Vaccine operations Central Provinces & Berar 1912-1920 - 1912-1920
Year: 1912
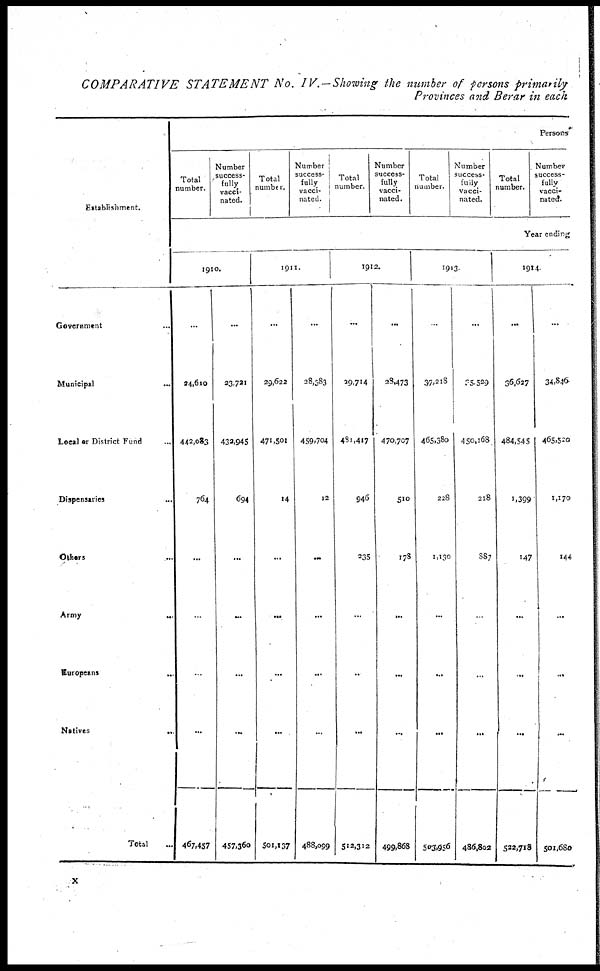
COMPARATIVE STATEMENT No. IV. —Showing the number of persons primarily
Provinces and Berar in each
Establishment.
Government...
Municipal...
Local or District Fund...
Dispensaries...
Others...
Army...
Europeans...
Natives...
Total...
Persons
Total
number.
Number
success-
fully
vacci-
nated.
Total
number.
Number
success-
fully
vacci-
nated.
Total
number.
Number
success-
fully
vacci-
nated.
Total
number.
Number
success-
fully
vacci-
nated.
Total
number.
Number
success-
fully
vacci-
nated.
Year ending
1910.
...
24,610
442,083
764
...
...
...
...
467,457
...
23,721
432,945
694
...
...
...
...
457,360
1911.
...
29,622
471,501
14
...
...
...
...
501,137
...
28,383
459,704
12
...
...
...
...
488,099
1912.
...
29,714
431,417
946
235
...
...
...
512,312
...
28,473
470,707
510
178
...
...
...
499,868
1913
..
37,218
465,380
228
1,130
...
...
...
503,956
...
35,529
450,168
218
887
...
...
...
486,802
1914.
...
36,627
484,545
1,399
147
...
...
...
522,718
...
34,846
465,520
1,170
144
...
...
...
501,680
x